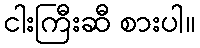
ငါးကြီးဆီ စားပါ။